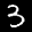
Label: 3